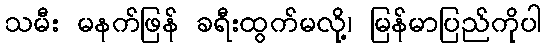
သမီး မနက်ဖြန် ခရီးထွက်မလို့၊ မြန်မာပြည်ကိုပါ